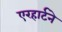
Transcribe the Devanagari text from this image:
एरहार्टने